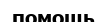
помощь